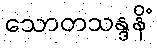
သောတသန္ဒနိံ